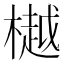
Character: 樾